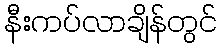
နီးကပ်လာချိန်တွင်